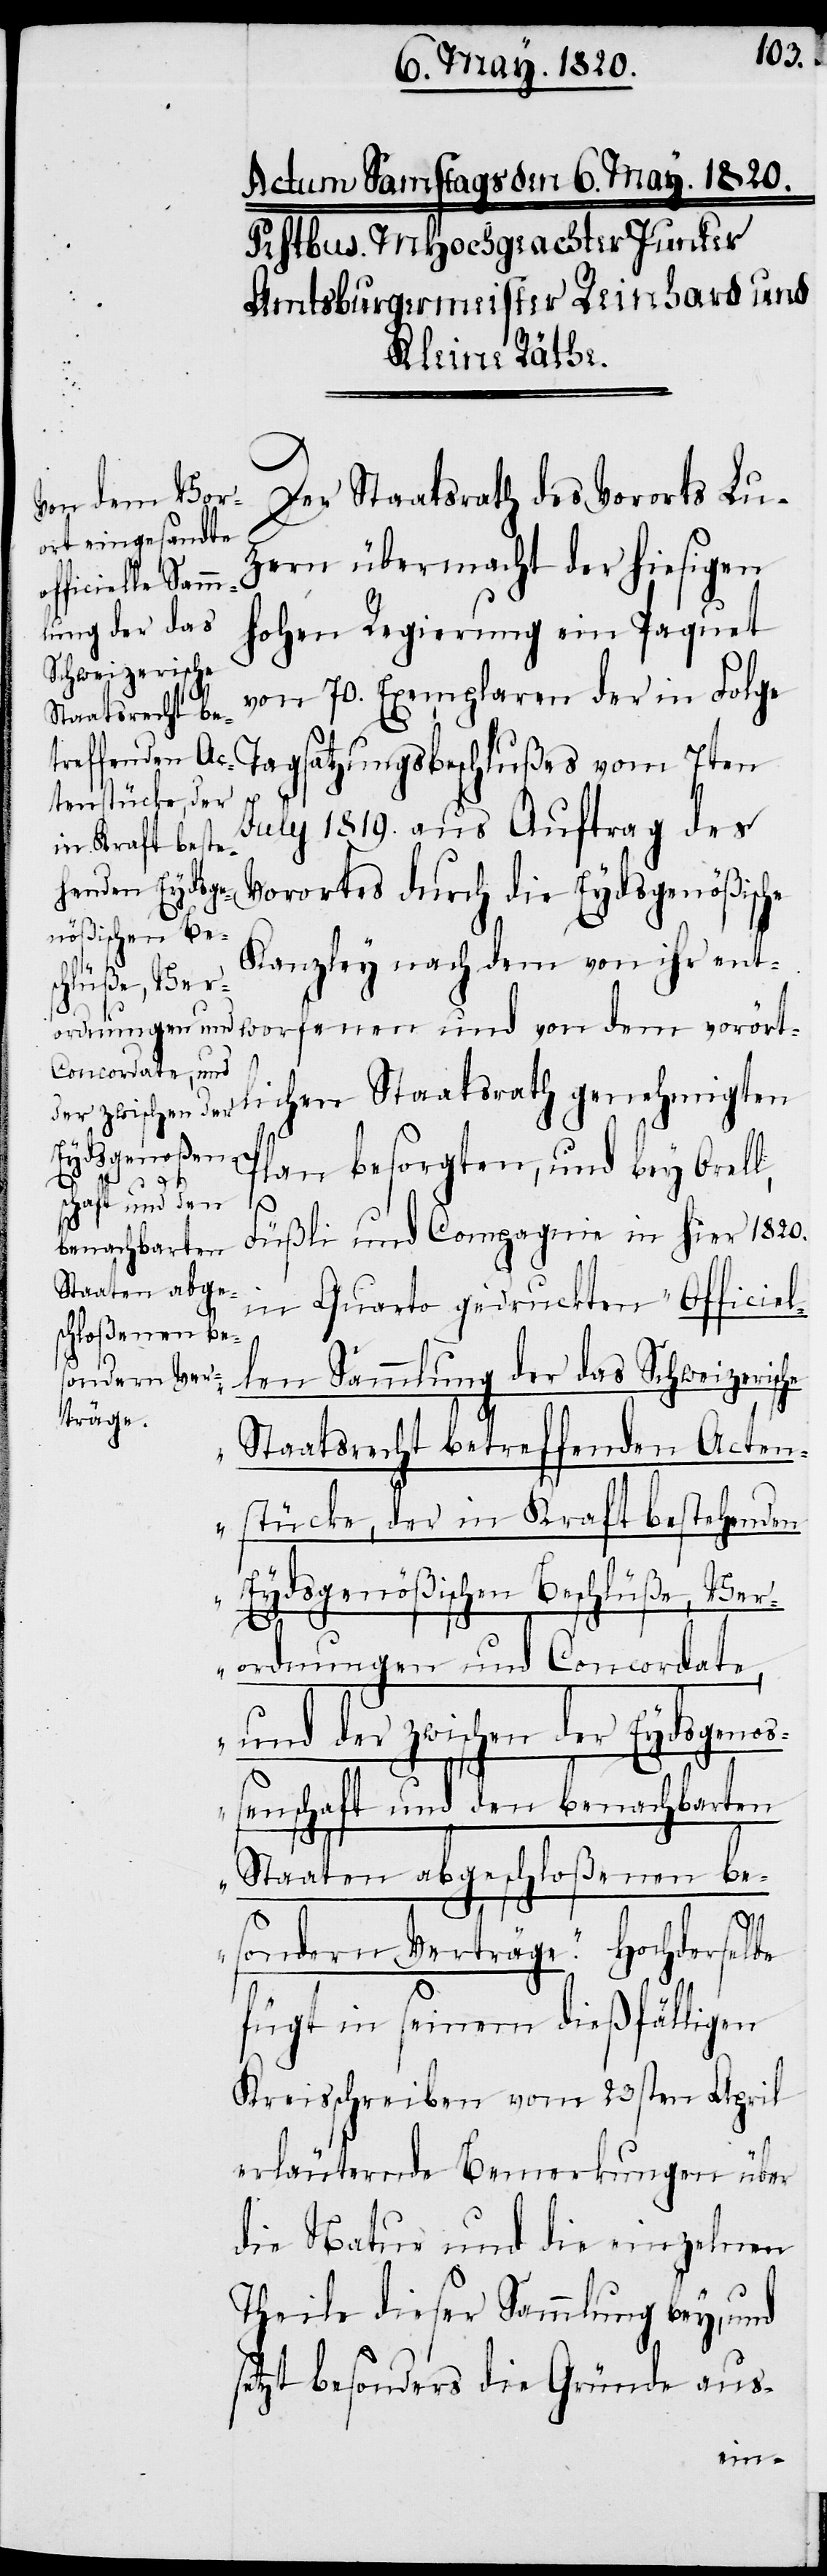
Der Staatsrath des Vororts Lu¬
zern übermacht der hiesigen
Hohen Regierung ein Paquet
von 70. Exemplaren der in Folge
Tagsatzungsbeschlußes vom 7ten
July 1819. aus Auftrag des
Vorortes durch die Eydsgenößische
Kanzley nachdem von ihr ent¬
worfenen und von dem vorört¬
ordnungen und
Concordate, und
lichen Staatsrath genehmigten
der zwischen der
Eydsgenoßens¬
Plan besorgten, und bey Orell
chaft und den
Füßli und Compagnie in hier 1820.
benachbarten
in Quarto gedruckten „Officiel¬
len Sammlung der das Schweizerische
Staatsrecht betreffenden Acten¬
stücke, der in Kraft bestehenden
Eydsgenößischen Beschlüße, Ver¬
Staaten abgeschloßenen be¬
sondern Verträge.“ Hochderselbe
fügt in seinem dießfälligen
Kreisschreiben vom 23sten April
erläuternde Bemerkungen über
die Natur und die einzelnen
Theile dieser Sammlung bey, und
setzt besonders die Gründe aus-